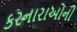
કરનારાઓની